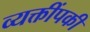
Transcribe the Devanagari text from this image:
व्यक्तींपकी